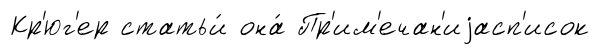
Кр'юг'ер статьи́ она́ Пр'им'ечан'иjасп'исок